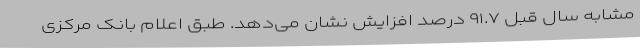
مشابه سال قبل ۹۱.۷ درصد افزایش نشان می‌دهد. طبق اعلام بانک مرکزی